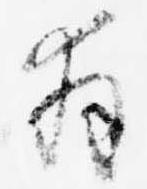
拝